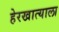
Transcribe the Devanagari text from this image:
हेरखात्याला